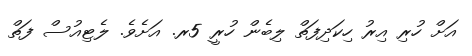
އަށް ހުރި އިރު ހިކަދިފަތް ލިބެން ހުރީ 5ރ. އަށެވެ. ލެޓިއުސް ފަތް